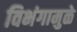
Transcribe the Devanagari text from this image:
विभंगामुळे